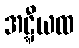
အဋ္ဋီယထ